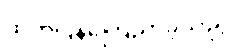
ထုတ်ပြန်ကြေညာခဲ့သည့်